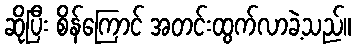
ဆိုပြီး စိန်ကြောင် အတင်းထွက်လာခဲ့သည်။